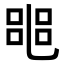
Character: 𠻌